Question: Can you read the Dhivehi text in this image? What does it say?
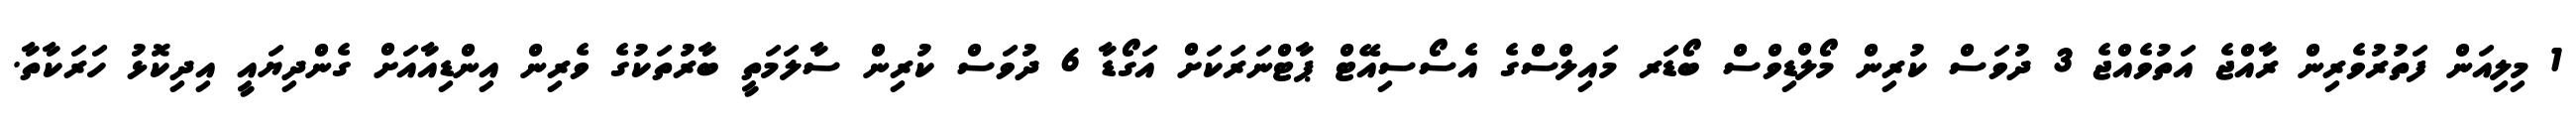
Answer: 1 މިލިއަން ފަތުރުވެރިން ރާއްޖެ އަތުވެއްޖެ 3 ދުވަސް ކުރިން މޯލްޑިވްސް ބޯޑަރ މައިލްސްގެ އެސޯސިއޭޓް ޕާޓްނަރަކަށް އަގޯޑާ 6 ދުވަސް ކުރިން ސާލަމަތީ ބާރުތަކުގެ ވެރިން އިންޑިއާއަށް ގެންދިޔައީ އިދިކޮޅު ހަރަކާތާ.